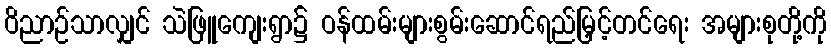
ဝိညာဉ်သာလျှင် သဲဖြူကျေးရွာ၌ ဝန်ထမ်းများစွမ်းဆောင်ရည်မြှင့်တင်ရေး အများစုတို့ကို